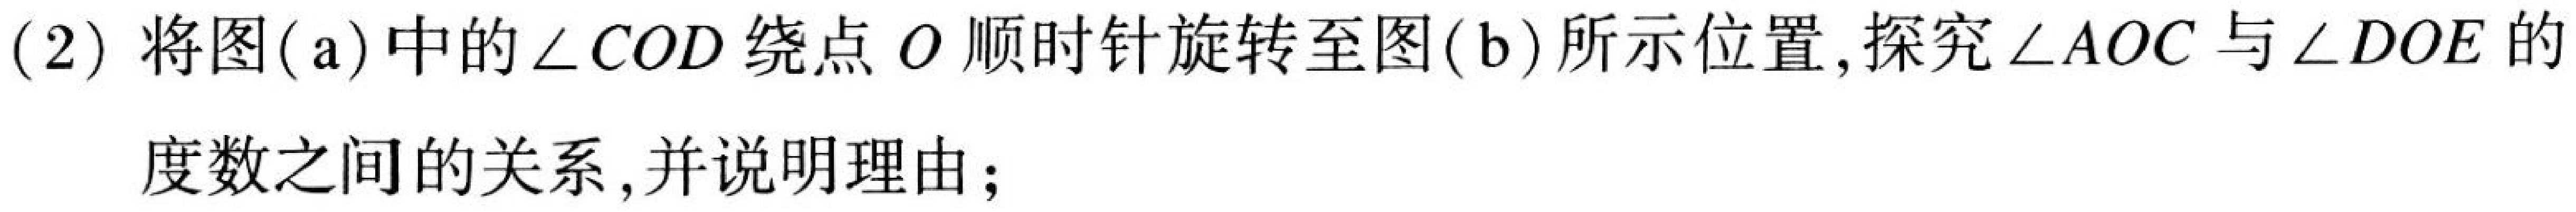
(2) 将图(a)中的\(\angle COD\)绕点\(O\)顺时针旋转至图(b)所示位置,探究\(\angle AOC\)与\(\angle DOE\)的度数之间的关系,并说明理由;